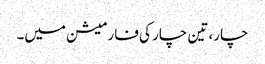
چار، تین چار کی فارمیشن میں۔